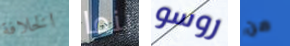
الخلافة بنما روسو من